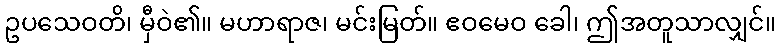
ဥပသေဝတိ၊ မှီဝဲ၏။ မဟာရာဇ၊ မင်းမြတ်။ ဧဝမေဝ ခေါ၊ ဤအတူသာလျှင်။